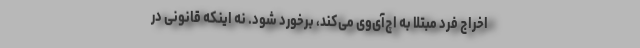
اخراج فرد مبتلا به اچ‌آی‌وی می‌کند، برخورد شود. نه اینکه قانونی در